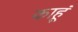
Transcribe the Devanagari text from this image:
काहूं